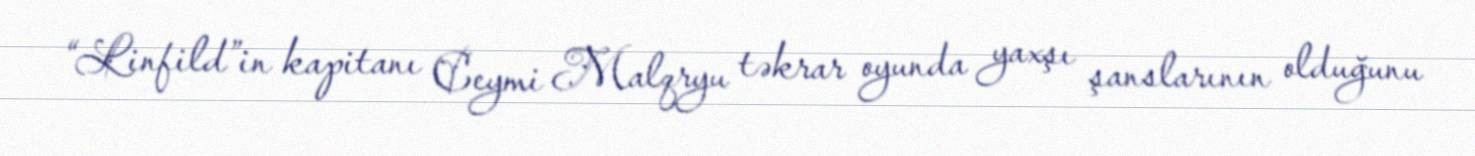
“Linfild”in kapitanı Ceymi Malqryu təkrar oyunda yaxşı şanslarının olduğunu